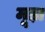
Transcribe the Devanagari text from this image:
मूड़ा